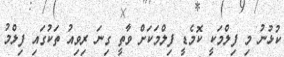
ކުޅުނު މި ފިލްމަކީ ކޮމެޑީ ފިލްމަކަށް ވާތީ ގިނަ ރިވިއު ތަކުގައި ފިލްމު